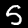
Digit: 5